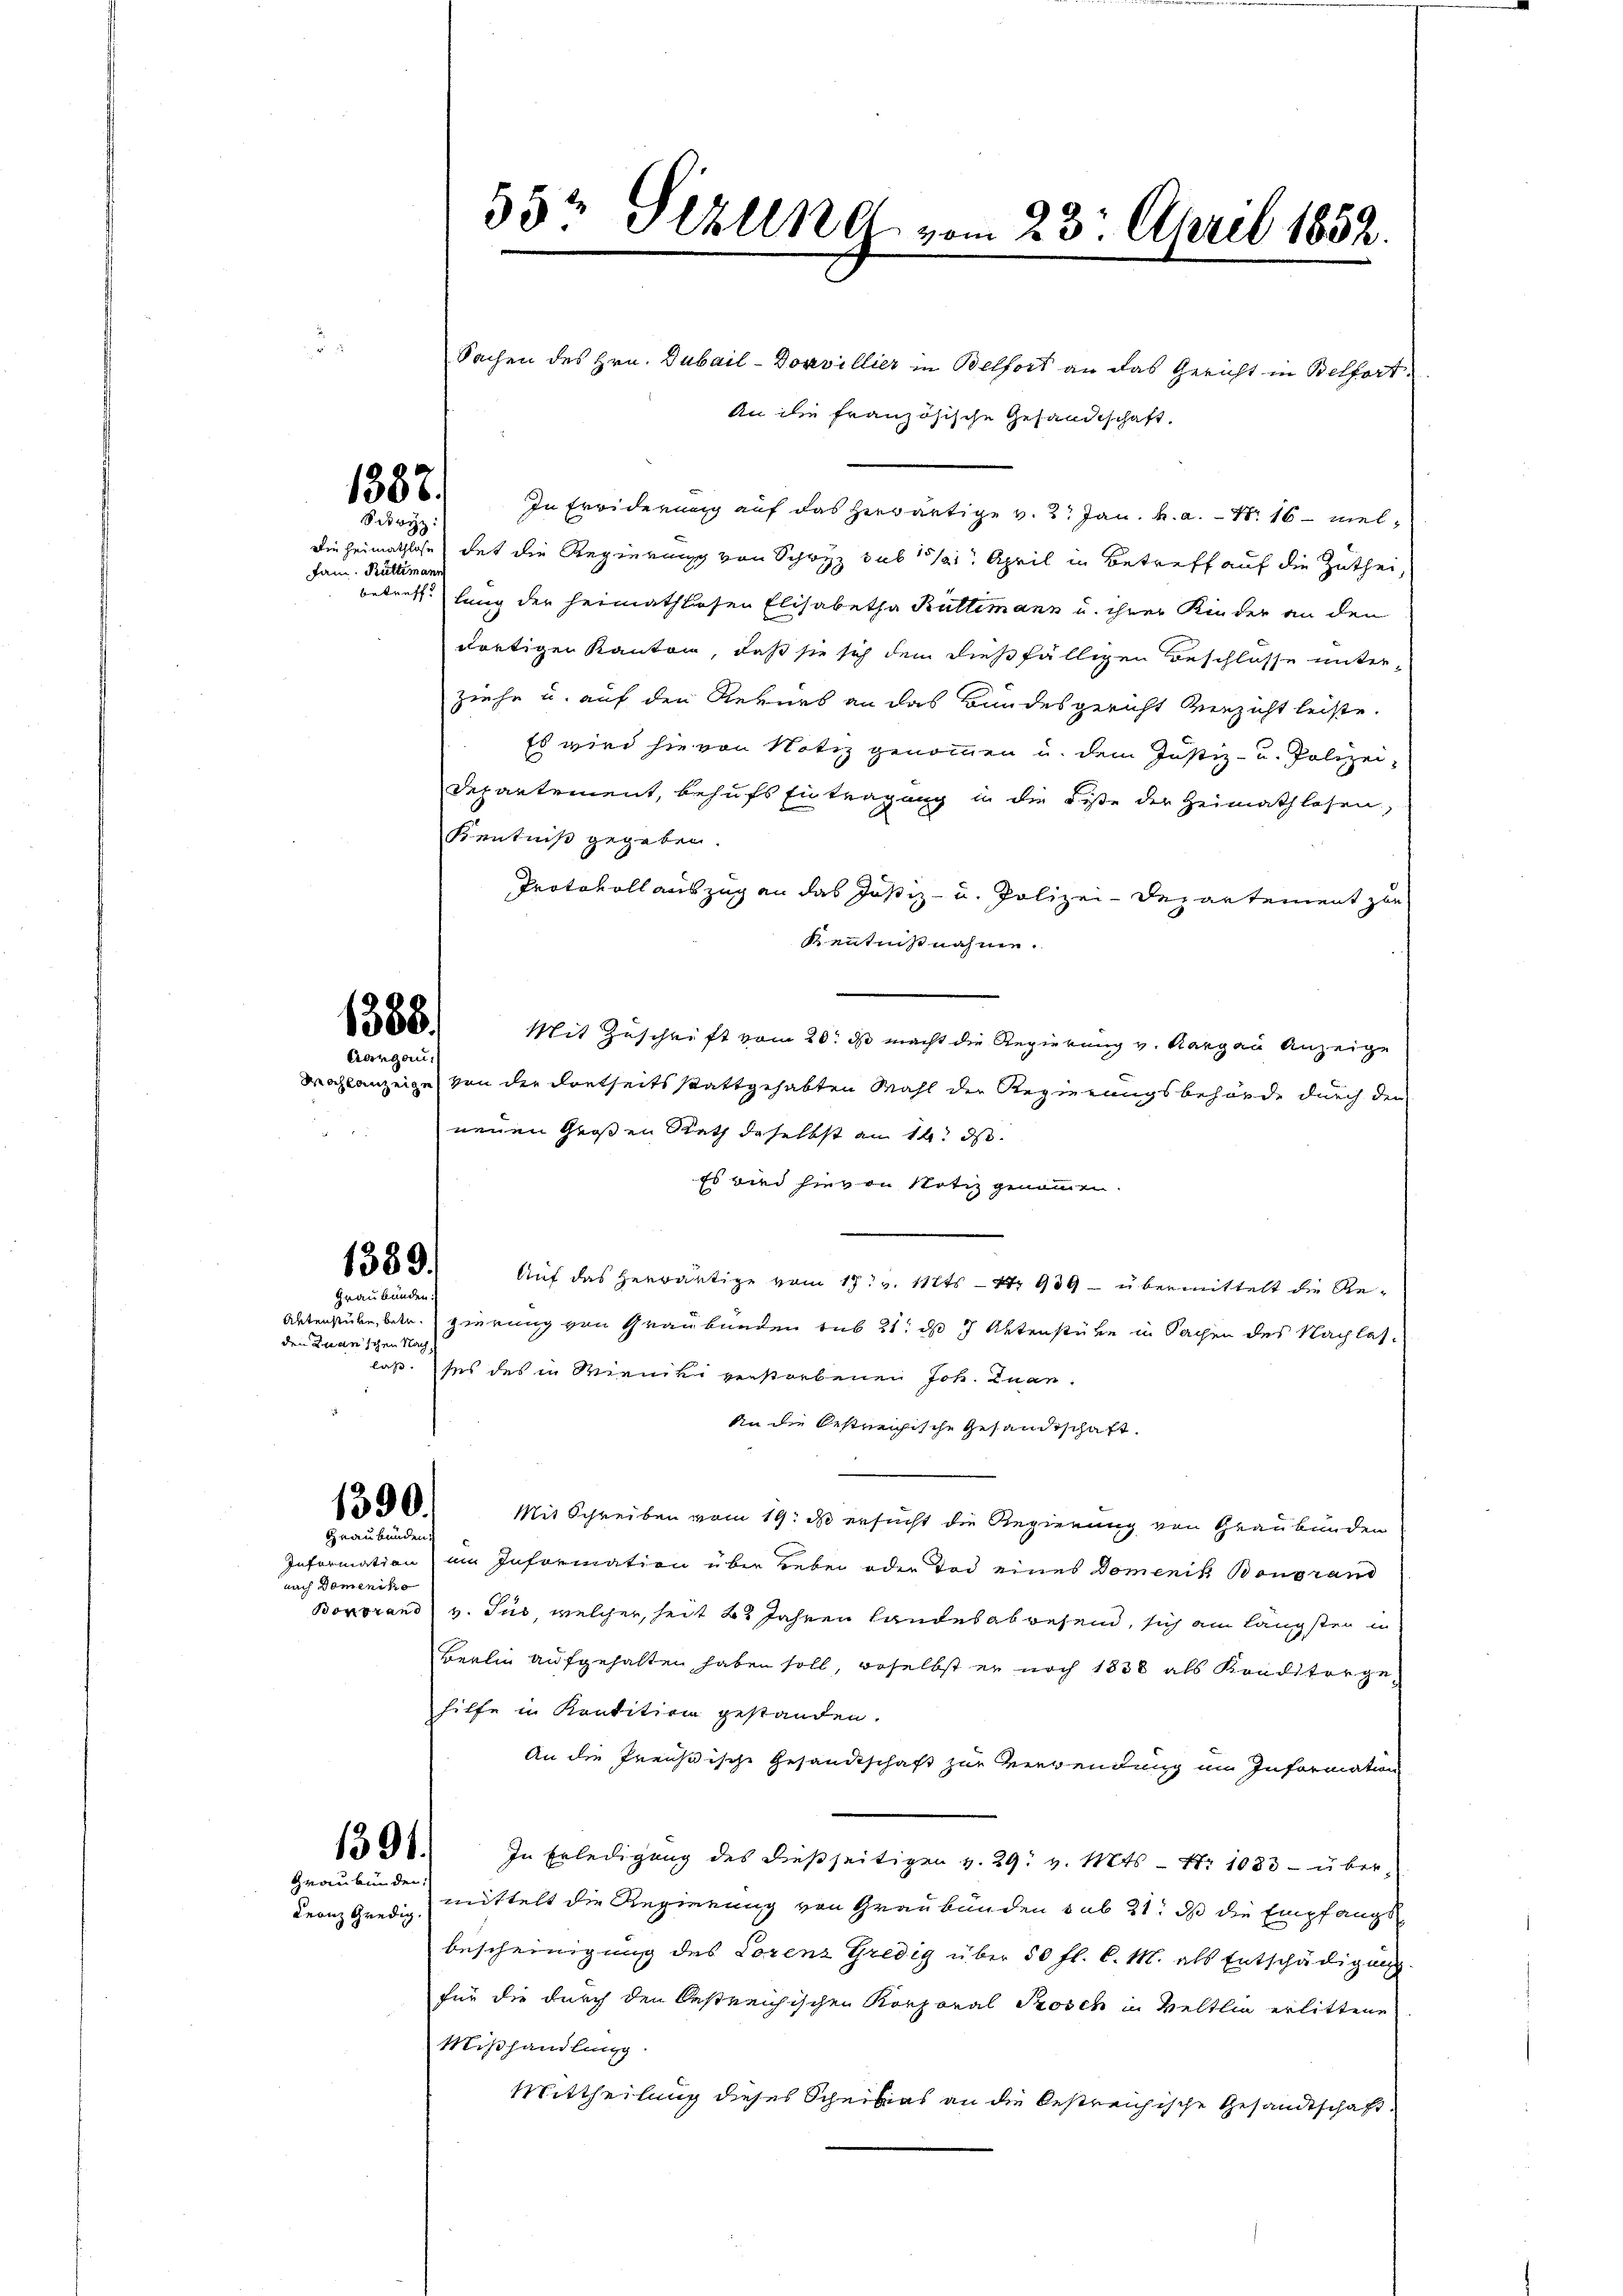
1387.
Sckwyz:

Fam. Rüttimann

1388.
Aargau.

1389.

Graubünden:
den Transchen Nach

1390.
Graubünden.

nach Domeniko

1391.

Graubünden:
Franz gredig.

Sachen des Hrn. Dubail-Doavillier in Belfort an das Gericht in Belfort¬
An die französische Gesandtschaft,
In Erwiderung auf das herwärtige v. 2. Jan. a. a. 116 – viel¬
Die Heimathlose das die Regierung von Schwyz sub 15/1. April in Betreff auf die Zutheibetreff lang der heimathlosen Elisabetha Kultimann u. ihrer Kinder an den
dortigen Kanton, daß sie sich dem dießfälligen Beschlosse unter-
ziehe u. auf den Rekurs an das Bundesgericht verzicht leiste.
Es wird sie von Notiz genommen u. dem Justiz- u. Polizei-
Departement, behufs Eintragung in die Liste der Heimathlosen,
Kentniß gegeben.
Protokoll auszug an das Justiz- u. Polizei-Departement zur
Kenntnisnahme.
Mit Zuschrift vom 20. ds macht die Regierung v. Aargau Anzeige
Machlanzeige von der dortseits stattgehabten Mahl der Regierungsbehörde durch den
neuen Großen Rath daselbst an 14. ds.
Es wird hievon Notiz genommen.
Auf das Herräutige vom 17. v. 112ts - 47 989 – übermittelt die Re¬
Alterstube, betr. gierung von Graubünden sub 21. ds 7 Aktenstüke in Sachen des Nachlaslaß, ses des in Winniki verstorbenen Joh. Zuan¬
An die bestreichische Gesandtschaft.

Mit Schreiben vom 19. d ersucht die Regierung von Graubünden
Information im Information über Leben oder Tod eines Domenik Bongrand
Bonorand v. Jus, welcher, seit 22 Jahren Landesabwesend, sich am längsten in
Berlin aufgehalten haben soll, woselbst er noch 1838 als Konditorgehilfe in Kondition gestanden.
An die Preußische Gesandtschaft zur Verwendung im Information
In Erledigung des dießseitigen v. 29. v. Mts. N. 1083 - über
mittelt die Regierung von Graubünden sub 21. ds die Empfangsbescheinigung des Lorenz Gredig über 50 fl. C. M. als Entschädigung
für die durch den bestreichischen Korporal Posch in Veltlin erlittene
Mißhandlung.
Mittheilung dieses Scheibias an die bestreichische Gesandtschaft

55½ Sizung vom 23. April 1852.